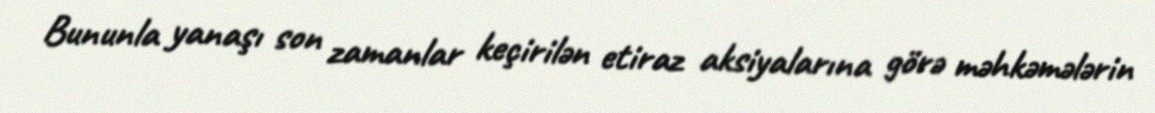
Bununla yanaşı son zamanlar keçirilən etiraz aksiyalarına görə məhkəmələrin